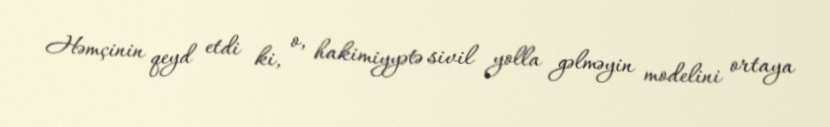
Həmçinin qeyd etdi ki, o, hakimiyyətə sivil yolla gəlməyin modelini ortaya